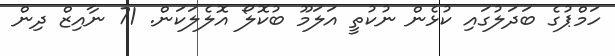
ހަމްޕުގެ ބަދަލުގައި ކުޅެން ނުކުތީ އަލަމޫ ބުކޮލޯ އޮލެލަކަން. 71 ނާއިޒް ދިން